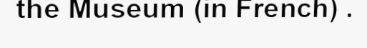
the Museum (in French) .